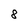
Character: 8